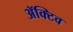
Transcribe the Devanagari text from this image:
ॲक्टिव